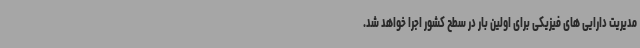
مدیریت دارایی های فیزیکی برای اولین بار در سطح کشور اجرا خواهد شد.